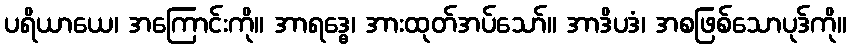
ပရိယာယေ၊ အကြောင်းကို။ အာရဒ္ဓေ၊ အားထုတ်အပ်သော်။ အာဒိပဒံ၊ အစဖြစ်သောပုဒ်ကို။